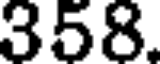
358.